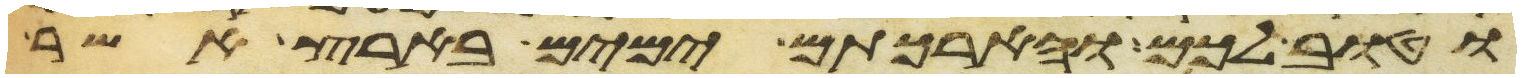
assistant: וטוב לכם והארכתם ימים בארץ אשר